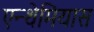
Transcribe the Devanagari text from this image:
एन्थेमियास